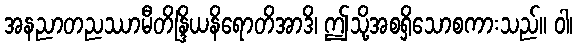
အနညာတညဿာမီတိန္ဒြိယနိရောတိအာဒိ၊ ဤသို့အစရှိသောစကားသည်။ ဝါ၊